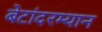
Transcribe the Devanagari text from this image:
बेटांदरम्यान